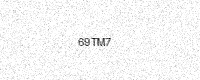
Text: 69TM7